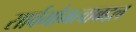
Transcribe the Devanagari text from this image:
सार्वभौमत्वाबद्दल